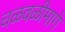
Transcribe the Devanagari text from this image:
चळवळीमागे